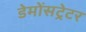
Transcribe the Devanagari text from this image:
डेमोंसट्रेटर